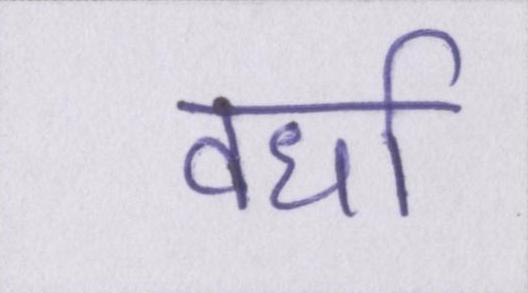
वर्धा